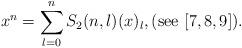
LaTeX: \begin{align*}x^n = \sum_{l=0}^n S_2(n,l) (x)_l, (\textnormal{see} \,\, [7,8,9]).\end{align*}